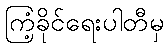
ကြံ့ခိုင်ရေးပါတီမှ